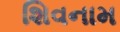
શિવનામ